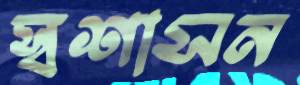
স্বশাসন